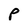
Character: p